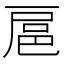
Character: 扈